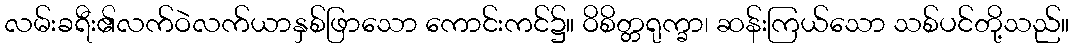
လမ်းခရီး၏လက်ဝဲလက်ယာနှစ်ဖြာသော ကောင်းကင်၌။ ဝိစိတ္တရုက္ခာ၊ ဆန်းကြယ်သော သစ်ပင်တို့သည်။